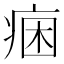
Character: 𭼐